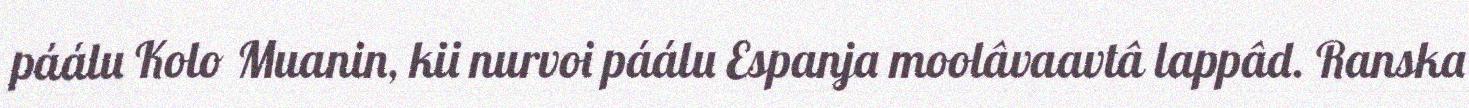
páálu Kolo Muanin, kii nurvoi páálu Espanja moolâvaavtâ lappâd. Ranska